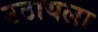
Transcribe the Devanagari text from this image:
उठायला